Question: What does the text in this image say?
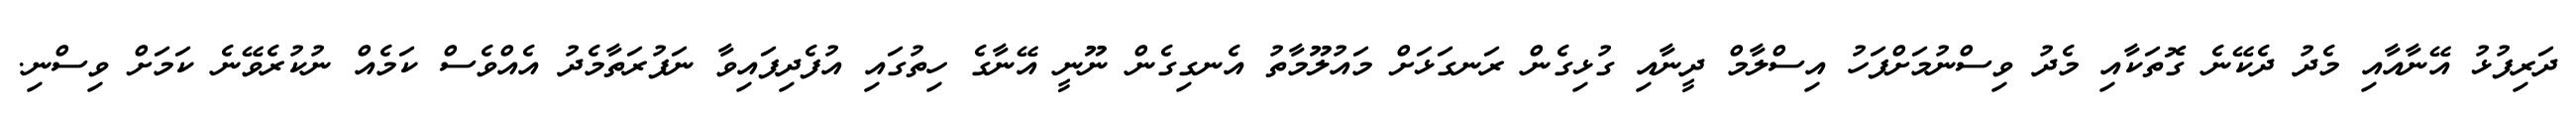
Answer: ދަރިފުޅު އޭނާއާއި މެދު ދެކޭނެ ގޮތަކާއި މެދު ވިސްނުމަށްފަހު އިސްލާމް ދީނާއި ގުޅިގެން ރަނގަޅަށް މައުލޫމާތު އެނގިގެން ނޫނީ އޭނާގެ ހިތުގައި އުފެދިފައިވާ ނަފުރަތާމެދު އެއްވެސް ކަމެއް ނުކުރެވޭނެ ކަމަށް ވިސްނި.